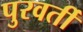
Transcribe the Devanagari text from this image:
पुरवर्ती